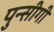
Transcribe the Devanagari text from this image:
पुन्सीगी